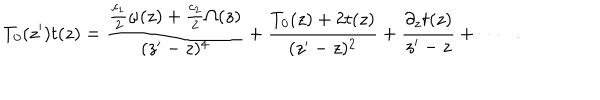
LaTeX: T _ { 0 } ( z ^ { \prime } ) t ( z ) = \frac { \frac { c _ { 1 } } { 2 } \omega ( z ) + \frac { c _ { 2 } } { 2 } \Omega ( z ) } { ( z ^ { \prime } - z ) ^ { 4 } } + \frac { T _ { 0 } ( z ) + 2 t ( z ) } { ( z ^ { \prime } - z ) ^ { 2 } } + \frac { \partial _ { z } t ( z ) } { z ^ { \prime } - z } + \cdots \: \: \: .